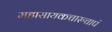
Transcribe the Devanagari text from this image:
महासायकचारुचापं